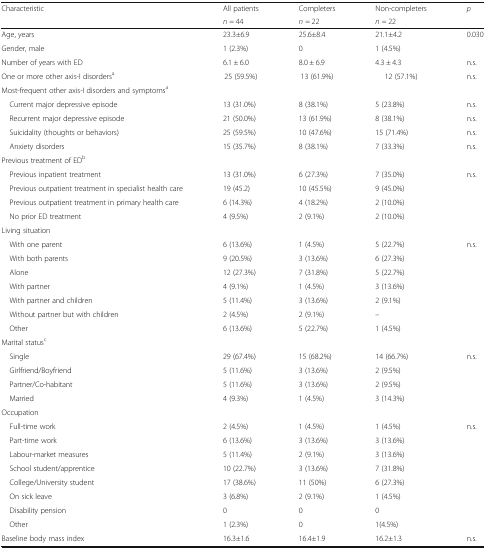
<table><thead><tr><td rowspan="2"><b>Characteristic</b></td><td><b>All patients</b></td><td><b>Completers</b></td><td><b>Non-completers</b></td><td rowspan="2"><b><i>p</i></b></td></tr><tr><td><b><i>n</i> = 44</b></td><td><b><i>n</i> = 22</b></td><td><b><i>n</i> = 22</b></td></tr></thead><tbody><tr><td>Age, years</td><td>23.3±6.9</td><td>25.6±8.4</td><td>21.1±4.2</td><td>0.030</td></tr><tr><td>Gender, male</td><td>1 (2.3%)</td><td>0</td><td>1 (4.5%)</td><td></td></tr><tr><td>Number of years with ED</td><td>6.1 ± 6.0</td><td>8.0 ± 6.9</td><td>4.3 ± 4.3</td><td>n.s.</td></tr><tr><td>One or more other axis-I disorders<sup>a</sup></td><td>25 (59.5%)</td><td>13 (61.9%)</td><td>12 (57.1%)</td><td>n.s.</td></tr><tr><td colspan="5">Most-frequent other axis-I disorders and symptoms<sup>a</sup></td></tr><tr><td> Current major depressive episode</td><td>13 (31.0%)</td><td>8 (38.1%)</td><td>5 (23.8%)</td><td>n.s.</td></tr><tr><td> Recurrent major depressive episode</td><td>21 (50.0%)</td><td>13 (61.9%)</td><td>8 (38.1%)</td><td>n.s.</td></tr><tr><td> Suicidality (thoughts or behaviors)</td><td>25 (59.5%)</td><td>10 (47.6%)</td><td>15 (71.4%)</td><td>n.s.</td></tr><tr><td> Anxiety disorders</td><td>15 (35.7%)</td><td>8 (38.1%)</td><td>7 (33.3%)</td><td>n.s.</td></tr><tr><td colspan="5">Previous treatment of ED<sup>b</sup></td></tr><tr><td> Previous inpatient treatment</td><td>13 (31.0%)</td><td>6 (27.3%)</td><td>7 (35.0%)</td><td rowspan="4">n.s.</td></tr><tr><td> Previous outpatient treatment in specialist health care</td><td>19 (45.2)</td><td>10 (45.5%)</td><td>9 (45.0%)</td></tr><tr><td> Previous outpatient treatment in primary health care</td><td>6 (14.3%)</td><td>4 (18.2%)</td><td>2 (10.0%)</td></tr><tr><td> No prior ED treatment</td><td>4 (9.5%)</td><td>2 (9.1%)</td><td>2 (10.0%)</td></tr><tr><td colspan="5">Living situation</td></tr><tr><td> With one parent</td><td>6 (13.6%)</td><td>1 (4.5%)</td><td>5 (22.7%)</td><td rowspan="7">n.s.</td></tr><tr><td> With both parents</td><td>9 (20.5%)</td><td>3 (13.6%)</td><td>6 (27.3%)</td></tr><tr><td> Alone</td><td>12 (27.3%)</td><td>7 (31.8%)</td><td>5 (22.7%)</td></tr><tr><td> With partner</td><td>4 (9.1%)</td><td>1 (4.5%)</td><td>3 (13.6%)</td></tr><tr><td> With partner and children</td><td>5 (11.4%)</td><td>3 (13.6%)</td><td>2 (9.1%)</td></tr><tr><td> Without partner but with children</td><td>2 (4.5%)</td><td>2 (9.1%)</td><td>–</td></tr><tr><td> Other</td><td>6 (13.6%)</td><td>5 (22.7%)</td><td>1 (4.5%)</td></tr><tr><td colspan="5">Marital status<sup>c</sup></td></tr><tr><td> Single</td><td>29 (67.4%)</td><td>15 (68.2%)</td><td>14 (66.7%)</td><td rowspan="4">n.s.</td></tr><tr><td> Girlfriend/Boyfriend</td><td>5 (11.6%)</td><td>3 (13.6%)</td><td>2 (9.5%)</td></tr><tr><td> Partner/Co-habitant</td><td>5 (11.6%)</td><td>3 (13.6%)</td><td>2 (9.5%)</td></tr><tr><td> Married</td><td>4 (9.3%)</td><td>1 (4.5%)</td><td>3 (14.3%)</td></tr><tr><td colspan="5">Occupation</td></tr><tr><td> Full-time work</td><td>2 (4.5%)</td><td>1 (4.5%)</td><td>1 (4.5%)</td><td rowspan="8">n.s.</td></tr><tr><td> Part-time work</td><td>6 (13.6%)</td><td>3 (13.6%)</td><td>3 (13.6%)</td></tr><tr><td> Labour-market measures</td><td>5 (11.4%)</td><td>2 (9.1%)</td><td>3 (13.6%)</td></tr><tr><td> School student/apprentice</td><td>10 (22.7%)</td><td>3 (13.6%)</td><td>7 (31.8%)</td></tr><tr><td> College/University student</td><td>17 (38.6%)</td><td>11 (50%)</td><td>6 (27.3%)</td></tr><tr><td> On sick leave</td><td>3 (6.8%)</td><td>2 (9.1%)</td><td>1 (4.5%)</td></tr><tr><td> Disability pension</td><td>0</td><td>0</td><td>0</td></tr><tr><td> Other</td><td>1 (2.3%)</td><td>0</td><td>1(4.5%)</td></tr><tr><td>Baseline body mass index</td><td>16.3±1.6</td><td>16.4±1.9</td><td>16.2±1.3</td><td>n.s.</td></tr></tbody></table>